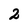
Character: 2